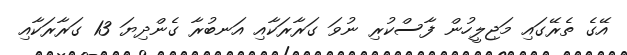
އޭގެ ތެރޭގައި މަޖިލީހުން ފާސްކުރި ނުވަ ގަރާރަކާއި އަނބުރާ ގެންދިޔަ 13 ގަރާރަކާއި